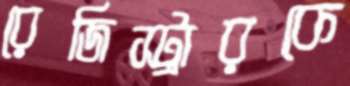
রেজিস্ট্রারকে